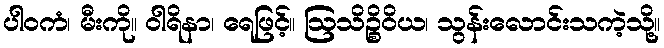
ပါဝကံ၊ မီးကို။ ဝါရိနာ၊ ရေဖြင့်။ ဩသိဉ္စိဝိယ၊ သွန်းလောင်းသကဲ့သို့။